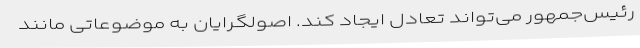
رئیس‌جمهور می‌تواند تعادل ایجاد کند. اصولگرایان به موضوعاتی مانند